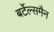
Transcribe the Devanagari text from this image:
बर्टेल्समैन